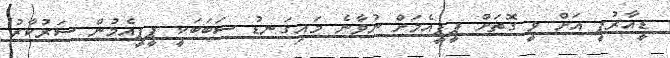
ޑީއާރުޕީ އަށް ވީ ގޮތަށް ޕީޕީއެމަށް ނުވާނެ މައިގަނޑު ސަބަބަކީ ޕީޕީއެމުން ސަރުކާރު